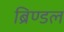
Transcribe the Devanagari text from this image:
ब्रिण्डल